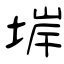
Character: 堓